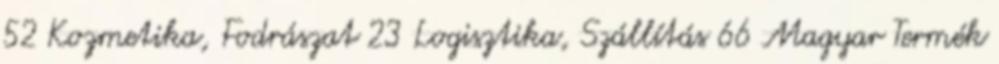
52 Kozmetika, Fodrászat 23 Logisztika, Szállítás 66 Magyar Termék